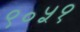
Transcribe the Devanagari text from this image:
९०५१